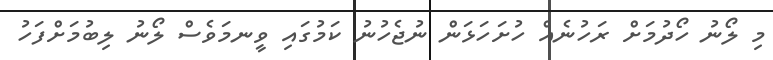
މި ލޯނު ހޯދުމަށް ރަހުނެއް ހުށަހަޅަން ނުޖެހުނު ކަމުގައި ވީނމަވެސް ލޯނު ލިބުމަށްފަހު